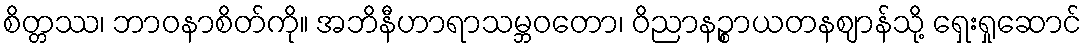
စိတ္တဿ၊ ဘာဝနာစိတ်ကို။ အဘိနီဟာရာသမ္ဘဝတော၊ ဝိညာနဉ္စာယတနဈာန်သို့ ရှေးရှုဆောင်